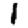
Digit: 1